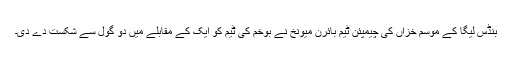
بنڈس لیگا کے موسم خزاں کی چیمپئن ٹیم بائرن میونخ نے بوخم کی ٹیم کو ایک کے مقابلے میں دو گول سے شکست دے دی۔